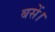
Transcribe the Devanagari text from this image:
बसें।